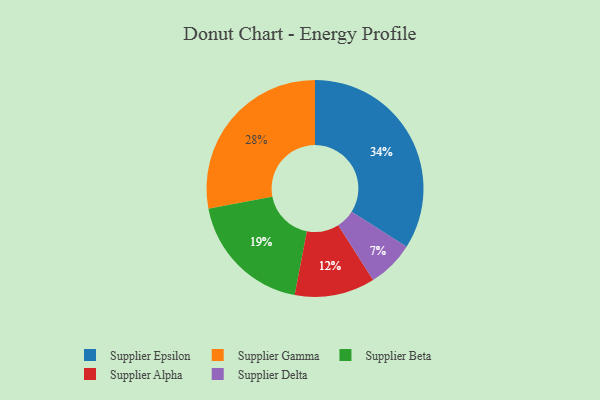
{"axis": {"x": "Category", "y": "Percentage"}, "legend": ["Supplier Alpha", "Supplier Beta", "Supplier Delta", "Supplier Epsilon", "Supplier Gamma"], "data": [{"x": "Supplier Gamma", "y": 28, "type": "Supplier Gamma"}, {"x": "Supplier Delta", "y": 7, "type": "Supplier Delta"}, {"x": "Supplier Beta", "y": 19, "type": "Supplier Beta"}, {"x": "Supplier Alpha", "y": 12, "type": "Supplier Alpha"}, {"x": "Supplier Epsilon", "y": 34, "type": "Supplier Epsilon"}]}